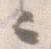
々